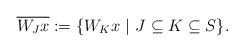
LaTeX: \begin{align*} \overline{W_Jx} := \{W_Kx\ |\ J \subseteq K \subseteq S\}.\end{align*}